Annual report of the Punjab Veterinary College and of the Civil Veterinary Department, Punjab - 1920-1925
Year: 1920
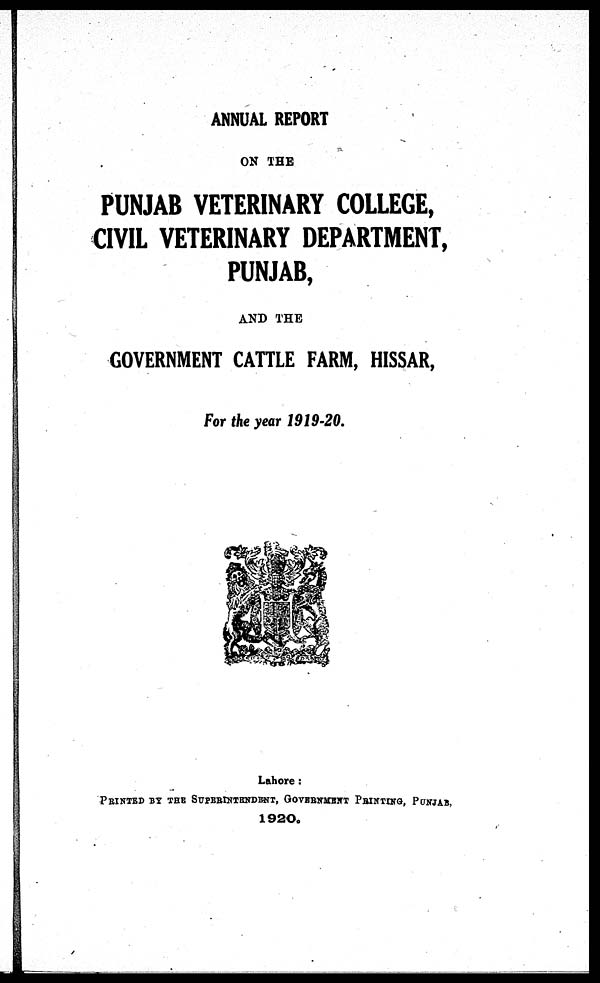
ANNUAL REPORT
ON THE
PUNJAB VETERINARY COLLEGE,
CIVIL VETERINARY DEPARTMENT,
PUNJAB,
AND THE
GOVERNMENT CATTLE FARM, HISSAR,
For the year 1919-20.
Lahore:
PRINTED BY THE SUPERINTENDENT, GOVERNMENT PRINTING, PUNJAB.
1920.